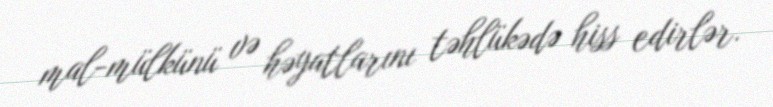
mal-mülkünü və həyatlarını təhlükədə hiss edirlər.